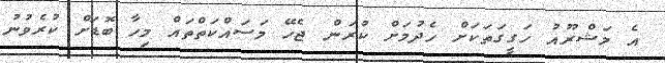
އެ މަޝްރޫއު ހަގީގަތަކަށް ހެދުމަށް ކުރަން ޖެހޭ މަސައްކަތްތައް މިހާ ބޮޑަށް ކުރެވުނު